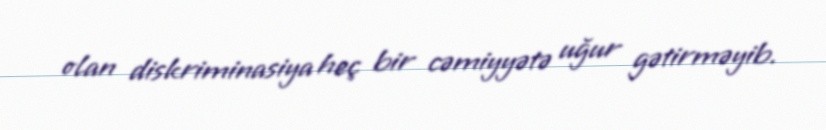
olan diskriminasiya heç bir cəmiyyətə uğur gətirməyib.